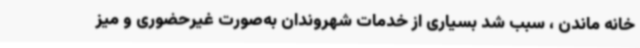
خانه ماندن ، سبب شد بسیاری از خدمات شهروندان به‌صورت غیرحضوری و میز